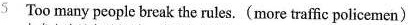
5 Too many people break the rules.(more traffic policemen)